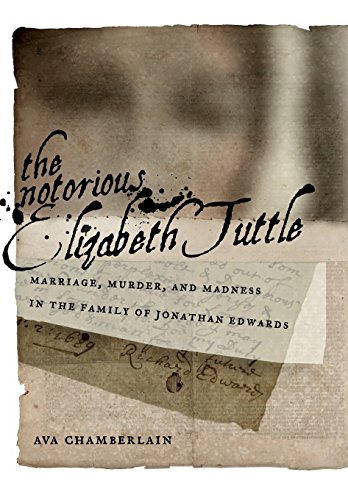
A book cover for The Notorious Elizabeth Tuttle: Marriage, Murder, and Madness in the Family of Jonathan Edwards (North American Religions); Ava Chamberlain; Biographies & Memoirs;